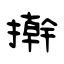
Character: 擀